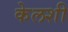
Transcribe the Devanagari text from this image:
केलशी